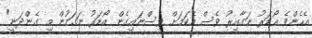
އެހެންވެ އޯޑަރު ނަގާއިރު ވެސް އެކަމަށް ވިސްނައިގެން އޯޑަރު ނަގަމުން މި ގެންދަނީ"